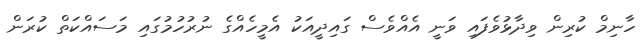
ހާނިމް ކުރިން ވިދާޅުވެފައި ވަނީ އެއްވެސް ގައިދީއަކު އެމީހެއްގެ ނުރުހުމުގައި މަސައްކަތް ކުރަން